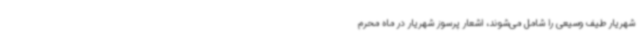
شهریار طیف وسیعی را شامل می‌شوند، اشعار پرسوز شهریار در ماه محرم